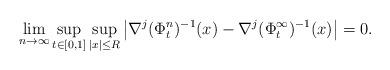
LaTeX: \begin{align*}\lim_{n\to\infty}\sup_{t\in[0,1]}\sup_{|x|\leq R}\left| \nabla^j (\Phi^{n}_t)^{-1} (x)-\nabla^j (\Phi^{\infty}_t)^{-1}(x) \right|=0.\end{align*}